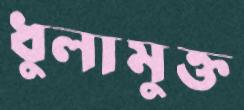
ধুলামুক্ত